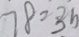
7 8 = 3 b